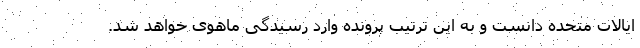
ایالات متحده دانست و به این ترتیب پرونده وارد رسیدگی ماهوی خواهد شد.